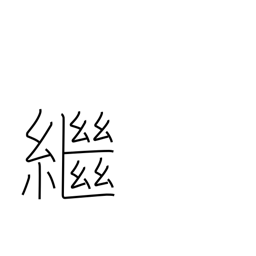
Meaning: inherit